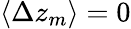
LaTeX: \langle\Delta z_{m}\rangle=0